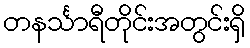
တနင်္သာရီတိုင်းအတွင်းရှိ